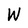
Character: W